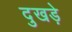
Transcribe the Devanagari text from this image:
दुखड़े